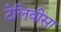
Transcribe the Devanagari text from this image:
टेलिवीसा